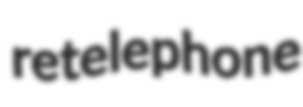
retelephone